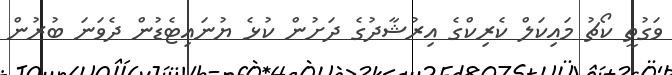
ވަގުތީ ކޯޗު މައިިކަލް ކެރިކްގެ އިރުޝާދުގެ ދަށުން ކުޅެ ޔުނައިޓެޑުން ދެވަނަ ބުރުން